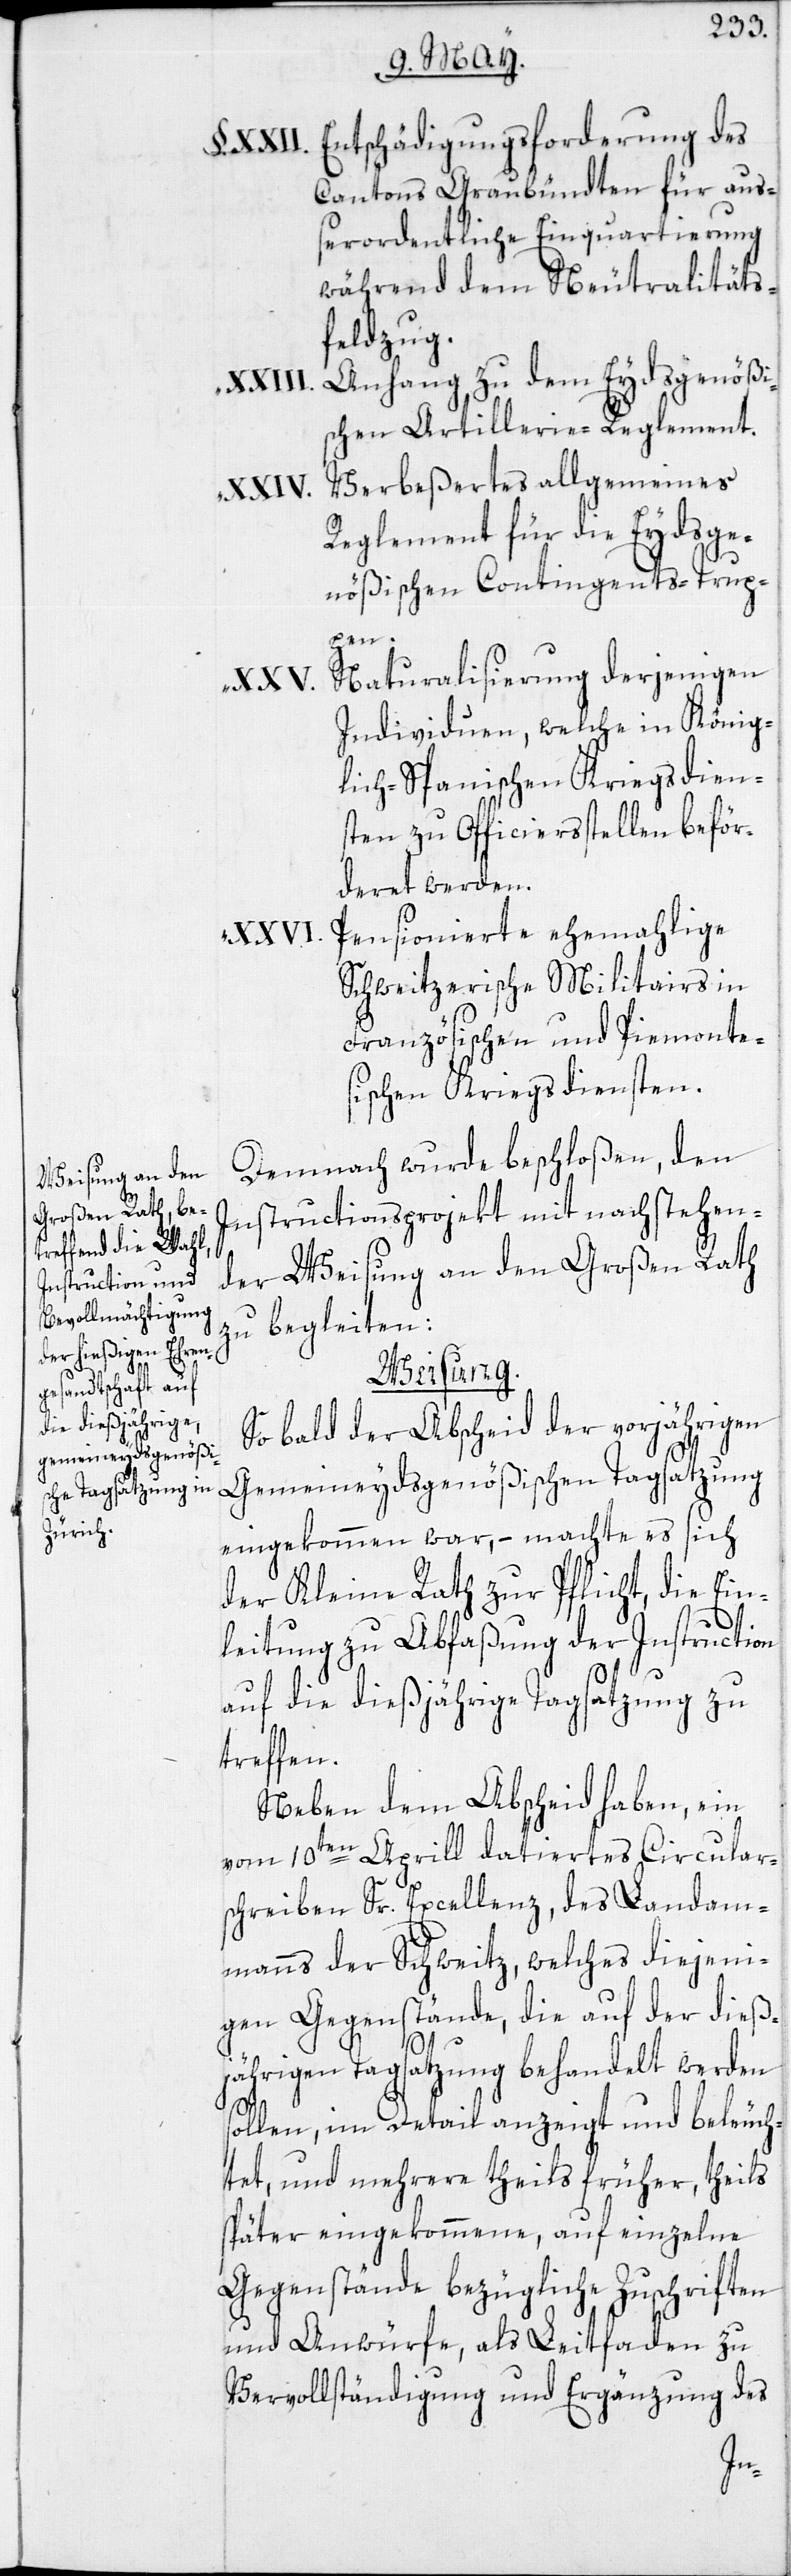
Entschädigungsforderung des
Cantons Graubündten für aus¬
serordentliche Einquartierung
während dem Neutralitäts¬
feldzug.
Anhang zu dem Eydsgenößi¬
schen Artillerie-Reglement.
Verbeßertes allgemeines
Reglement für die Eydsge¬
nößischen Contingents-Trup¬
pen.
Naturalisierung derjenigen
Individuen, welche in König¬
lich-Spanischen Kriegsdien¬
sten zu Officiersstellen beför¬
deret werden.
Pensionierte ehemahlige
Schweitzerische Militairs in
Französischen und Piemonte¬
sischen Kriegsdiensten.
Demnach wurde beschloßen, den
Instructionsprojekt mit nachstehen¬
der Weisung an den Großen Rath
zu begleiten:
Weisung.
So bald der Abscheid der vorjährigen
Gemeineydsgenößischen Tagsatzung
eingekommen war, – machte es sich
der Kleine Rath zur Pflicht, die Ein¬
leitung zu Abfaßung der Instruction
auf die dießjährige Tagsatzung zu
treffen.
Neben dem Abscheid haben, ein
vom 10ten Aprill datiertes Circular¬
schreiben Sr. Excellenz, des Landam¬
manns der Schweitz, welches diejeni¬
gen Gegenstände, die auf der dieß¬
jährigen Tagsatzung behandelt werden
llen, im Detail anzeigt und beleuch¬
tet, und mehrere theils früher, theils
später eingekommene, auf einzelne
Gegenstände bezügliche Zuschriften
und Anwürfe, als Leitfaden zu
Vervollständigung und Ergänzung des
so¬